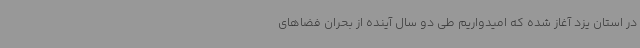
در استان یزد آغاز شده که امیدواریم طی دو سال آینده از بحران فضاهای